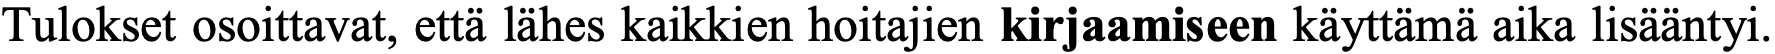
Tulokset osoittavat, että lähes kaikkien hoitajien kirjaamiseen käyttämä aika lisääntyi.